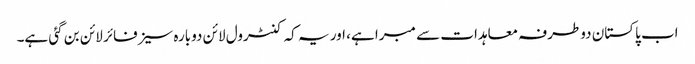
اب پاکستان دوطرفہ معاہدات سے مبرا ہے، اور یہ کہ کنٹرول لائن دوبارہ سیزفائر لائن بن گئی ہے۔